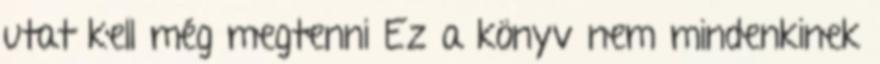
utat kell még megtenni Ez a könyv nem mindenkinek